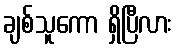
ချစ်သူကော ရှိပြီလား